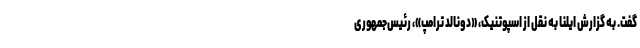
گفت. به گزارش ایلنا به نقل از اسپوتنیک، «دونالد ترامپ»، رئیس‌جمهوری